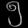
Digit: ၅